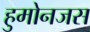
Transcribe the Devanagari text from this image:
हुमोनजस